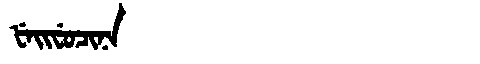
Manchu: ᡶᡝᡳᠸᡠᠴᡳᠨᠠ
Romanization: FEIFUCINA